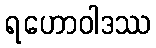
ရဟောဝါဒဿ